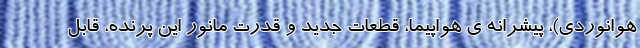
هوانوردی)، پیشرانه ی هواپیما، قطعات جدید و قدرت مانور این پرنده، قابل